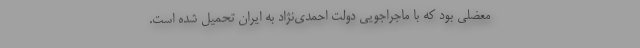
معضلی بود که با ماجراجویی دولت احمدی‌نژاد به ایران تحمیل شده است.